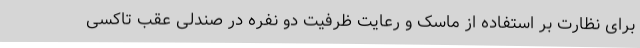
برای نظارت بر استفاده از ماسک و رعایت ظرفیت دو نفره در صندلی عقب تاکسی